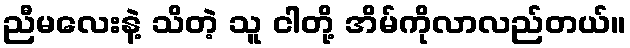
ညီမလေးနဲ့ သိတဲ့ သူ ငါတို့ အိမ်ကိုလာလည်တယ်။